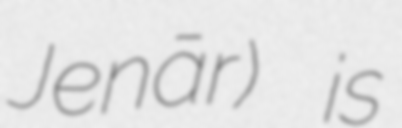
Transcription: Jenār) is